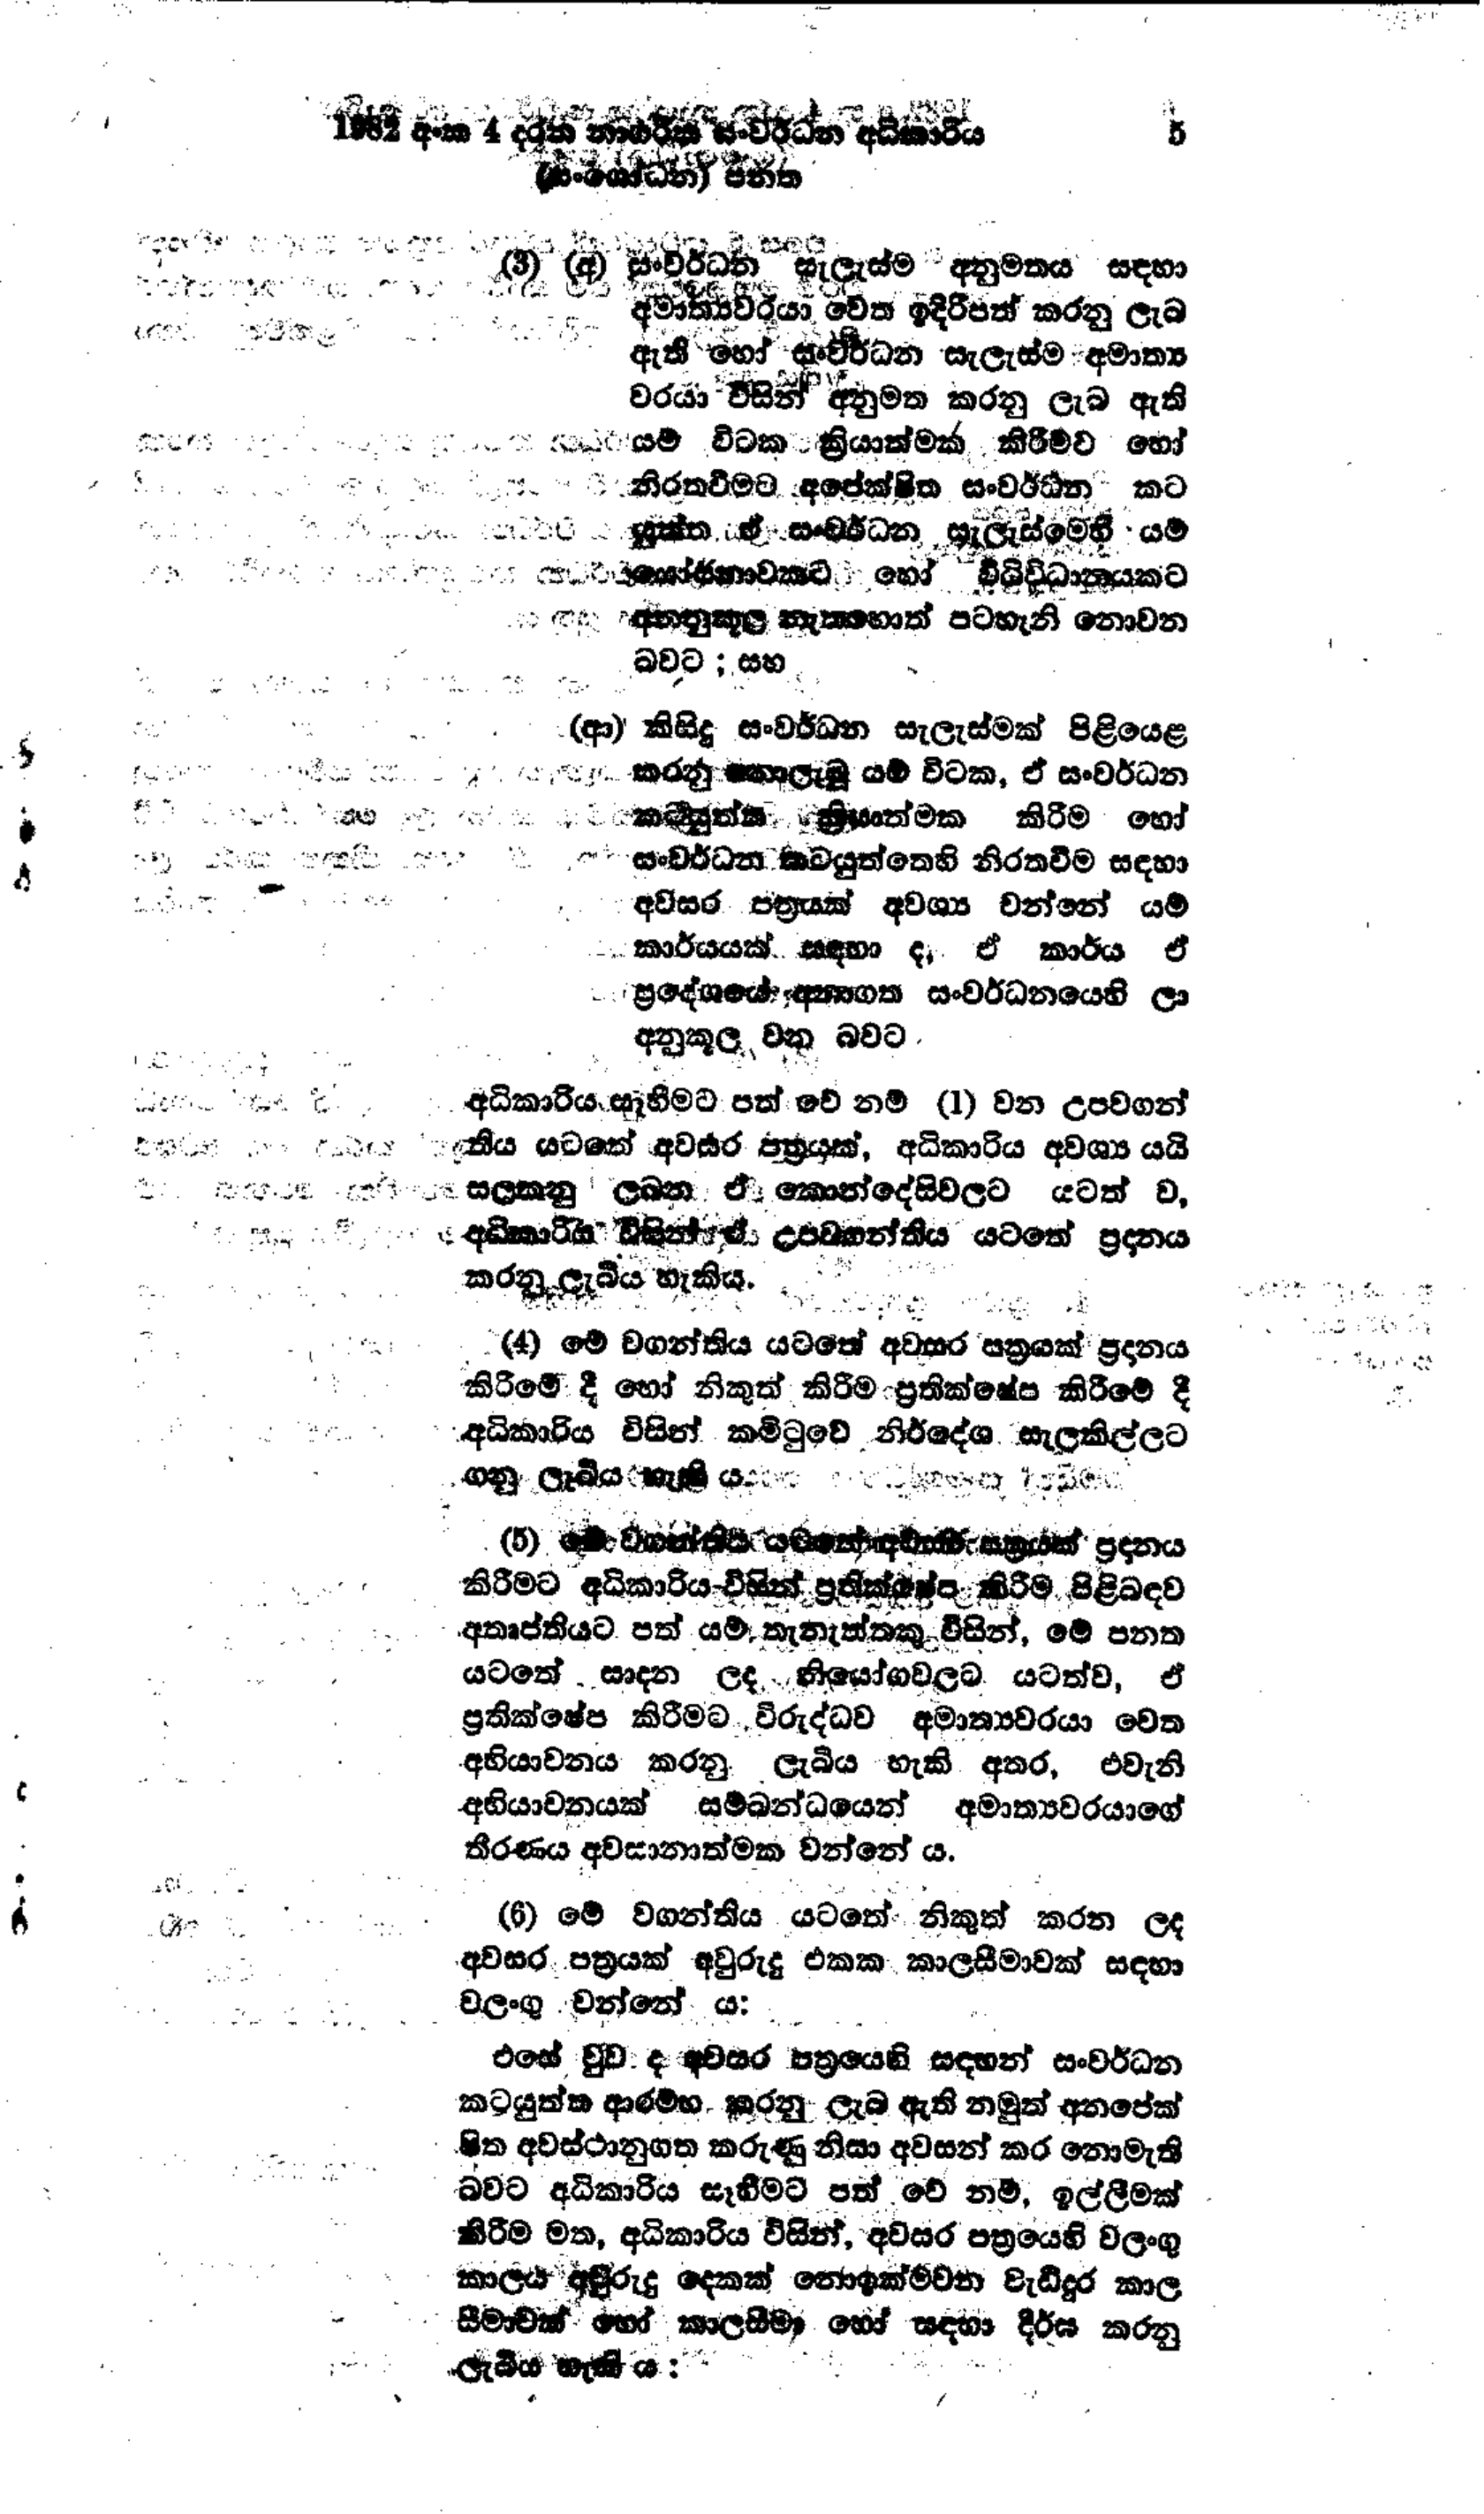
1982 අංක 4 දරන නාගරික සංවර්ධන අධිකාරිය  5
(සංශෝධන) පනත

(3) (අ) සංවර්ධන සැලැස්ම අනුමතය සඳහා
අමාත්‍යවරයා වෙත ඉදිරිපත් කරනු ලැබ
ඇති හෝ සංවර්ධන සැලැස්ම අමාත්‍ය
වරයා විසින් අනුමත කරනු ලැබ ඇති
යම් විටක ක්‍රියාත්මක කිරීමට හෝ
නිරතවීමට අපේක්ෂිත සංවර්ධන කට
යුක්ත ඒ සංවර්ධන සැලැස්මෙහි යම්
යෝජනාවකට හෝ විධිවිධානයකට
අනනුකූල නැතහොත් පටහැනි නොවන
බවට ; සහ

(ආ) කිසිදු සංවර්ධන සැලැස්මක් පිළියෙළ
කරනු නොලැබූ යම් විටක, ඒ සංවර්ධන
කටයුත්ත ක්‍රියාත්මක කිරීම හෝ
සංවර්ධන කටයුත්තෙහි නිරත වීම සඳහා
අවසර පත්‍රයක් අවශ්‍ය වන්නේ යම්
කාර්යයක් සඳහා ද, ඒ කාර්ය ඒ
ප්‍රදේශයේ ආනාගත සංවර්ධනයෙහි ලා
අනුකූල වන බවට

අධිකාරිය සැහිමට පත් වේ නම් (1) වන උපවගන්
තිය යටතේ අවසර පත්‍රයක්, අධිකාරිය අවශ්‍ය යයි
සලකනු ලබන ඒ කොන්දේසිවලට යටත් ව,
අධිකාරිය විසින් ඒ උපවගන්තිය යටතේ ප්‍රදානය
කරනු ලැබිය හැකිය.

(4) මේ වගන්තිය යටතේ අවසර පත්‍රයක් ප්‍රදානය
කිරීමේ දී හෝ නිකුත් කිරීම ප්‍රතික්ෂේප කිරීමේ දී
අධිකාරිය විසින් කමිටුවේ නිර්දේශ සැලකිල්ලට
ගනු ලැබිය හැකි ය.

(5) මේ වගන්තිය යටතේ අවසර පත්‍රයක් ප්‍රදානය
කිරීමට අධිකාරිය විසින් ප්‍රතික්ෂේප කිරීම පිළිබඳව
අතෘප්තියට පත් යම් තැනැත්තකු විසින්, මේ පනත
යටතේ සාදන ලද නියෝගවලට යටත්ව, ඒ
ප්‍රතික්ෂේප කිරීමට විරුද්ධව අමාත්‍යවරයා වෙත
අභියාචනය කරනු ලැබිය හැකි අතර, එවැනි
අභියාචනයක් සම්බන්ධයෙන් අමාත්‍යවරයාගේ
තීරණය අවසානාත්මක වන්නේ ය.

(6) මේ වගන්තිය යටතේ නිකුත් කරන ලද
අවසර පත්‍රයක් අවුරුදු එකක කාලසීමාවක් සඳහා
වලංගු වන්නේ ය:

එසේ වුව ද අවසර පත්‍රයෙහි සඳහන් සංවර්ධන
කටයුත්ත ආරම්භ කරනු ලැබ ඇති නමුත් අනපේක්
ෂිත අවස්ථානුගත කරුණු නිසා අවසන් කර නොමැති
බවට අධිකාරිය සෑහීමට පත් වේ නම්, ඉල්ලීමක්
කිරීම මත, අධිකාරිය විසින්, අවසර පත්‍රයෙහි වලංගු
කාලය අවුරුදු දෙකක් නොඉක්මවන වැඩිදුර කාල
සීමාවක් හෝ කාලසීමා හෝ සඳහා දීර්ඝ කරනු
ලැබිය හැකි ය: